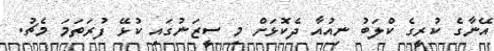
އޭނާގެ ކުރީގެ ކްލަބު ނިއުއާ ދެކޮޅަށް މި ސީޒަނުގައި ކުޅޭ ފުރަތަމަ މެޗު.